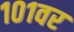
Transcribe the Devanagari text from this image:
१०१वर